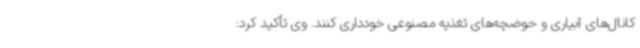
کانال‌های آبیاری و حوضچه‌های تغذیه مصنوعی خودداری کنند. وی تأکید کرد: